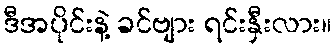
ဒီအပိုင်းနဲ့ ခင်ဗျား ရင်းနှီးလား။